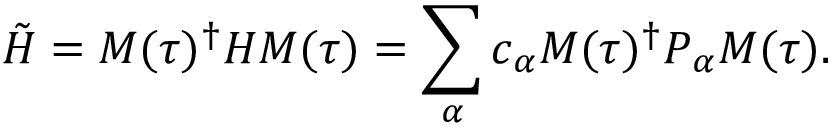
\Tilde { H } = \ensuremath { M ( \tau ) } ^ { \dagger } H \ensuremath { M ( \tau ) } = \sum _ { \boldsymbol { \alpha } } c _ { \boldsymbol { \alpha } } \ensuremath { M ( \tau ) } ^ { \dagger } P _ { \boldsymbol { \alpha } } \ensuremath { M ( \tau ) } .